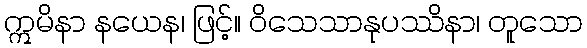
ဣမိနာ နယေန၊ ဖြင့်။ ဝိသေသာနုပဿိနာ၊ တူသော